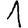
Digit: 1